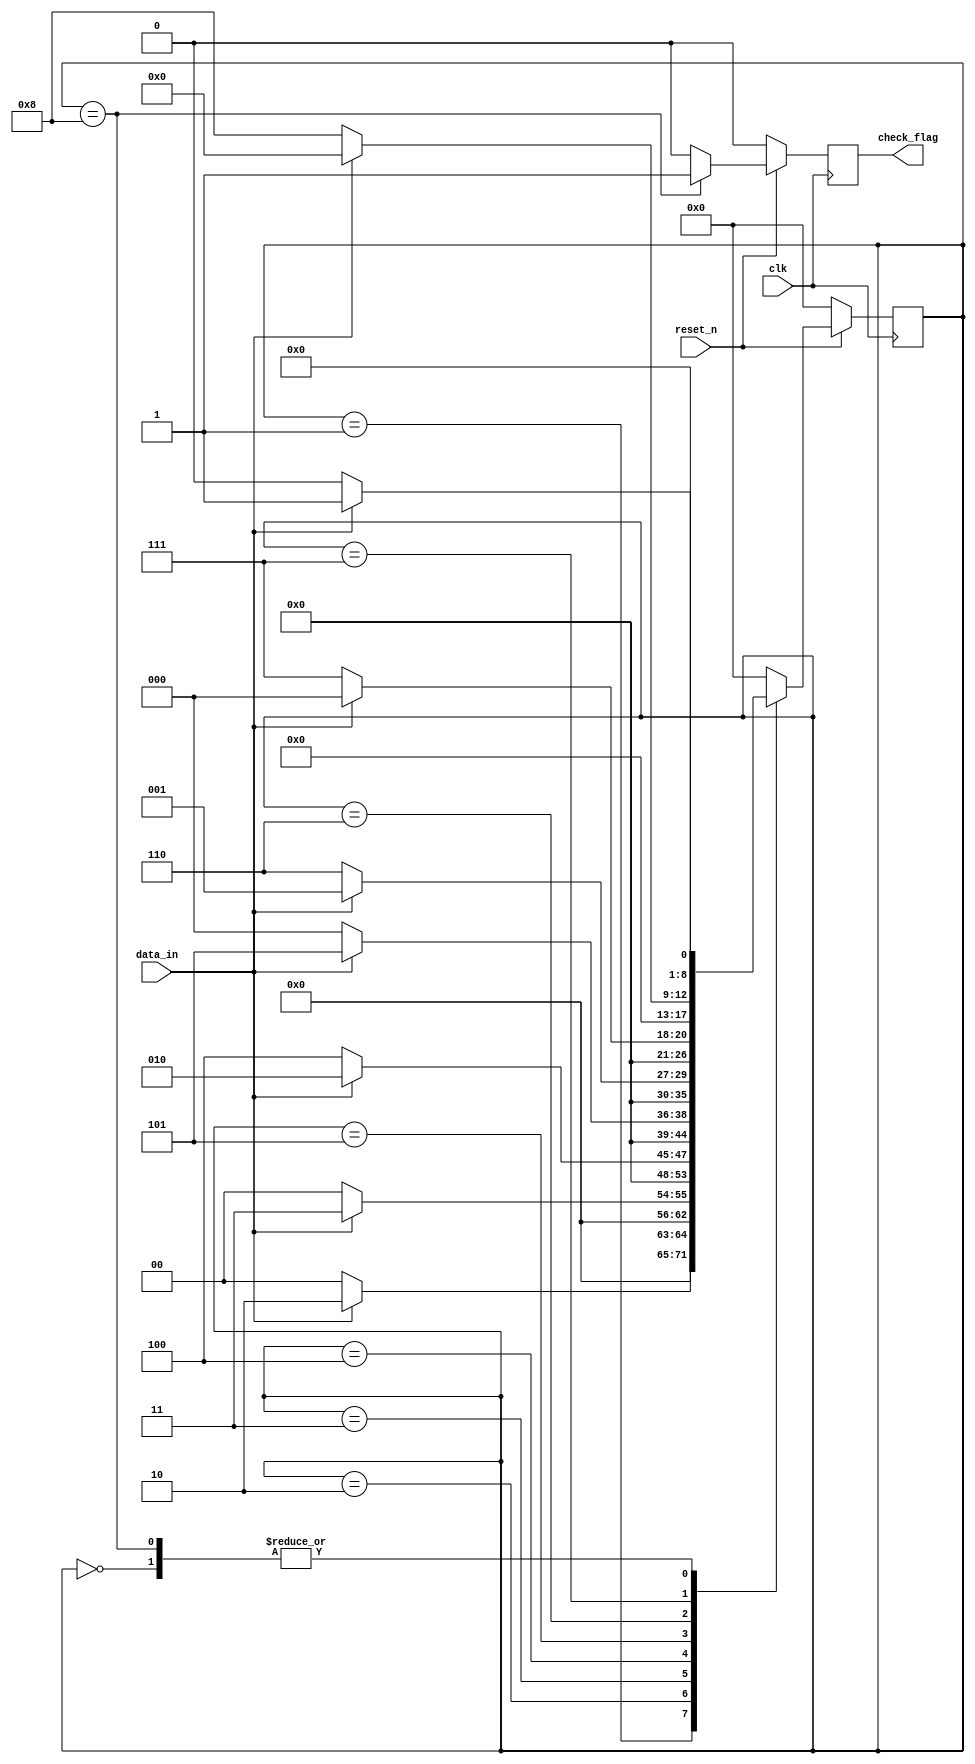
module sequ_detect(				//11101000
	input clk,
	input reset_n,
	input data_in,
	output reg check_flag
);

	parameter s0=0, s1=1, s2=2, s3=3, s4=4, s5=5, s6=6, s7=7, s8=8;
	reg[8:0] ST;
	always@(posedge clk)
		begin
			check_flag<=0;
			if(!reset_n)
				ST=s0;
			else
				begin
				casex(ST )//
						s0:if(data_in==1'b1) ST<=s1;else ST<=s0;
						s1:if(data_in==1'b1) ST<=s2;else ST<=s0;
						s2:if(data_in==1'b1) ST<=s3;else ST<=s0;
						s3:if(data_in==1'b0) ST<=s4;else ST<=s2;
						s4:if(data_in==1'b1) ST<=s5;else ST<=s0;
						s5:if(data_in==1'b0) ST<=s6;else ST<=s1;
						s6:if(data_in==1'b0) ST<=s7;else ST<=s0;
						s7:if(data_in==1'b0) ST<=s8;else ST<=s0;
						s8:begin check_flag<=1;
									if(data_in==1'b0) ST<=s0;else ST<=s1;
							end
						default:ST<=s0;
					endcase
				end
		end
endmodule